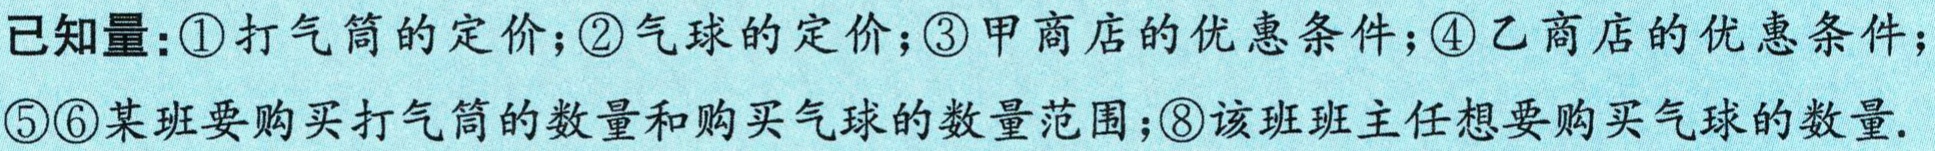
已知量：\textcircled{1}打气筒的定价；\textcircled{2}气球的定价；\textcircled{3}甲商店的优惠条件；\textcircled{4}乙商店的优惠条件；\textcircled{5}\textcircled{6}某班要购买打气筒的数量和购买气球的数量范围；\textcircled{8}该班班主任想要购买气球的数量.